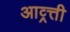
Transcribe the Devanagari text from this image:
आव्र्त्ती